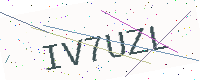
Text: IV7UZL